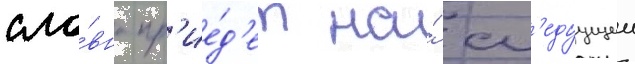
сло́вно пр'ие́д'ет на́ сл'едуущеи